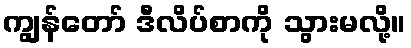
ကျွန်တော် ဒီလိပ်စာကို သွားမလို့။